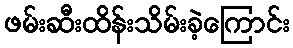
ဖမ်းဆီးထိန်းသိမ်းခဲ့ကြောင်း